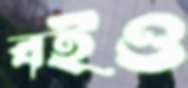
বইও